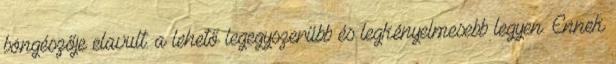
böngészője elavult. a lehető legegyszerűbb és legkényelmesebb legyen. Ennek